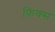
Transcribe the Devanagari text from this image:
फ़िक्स